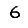
Digit: 6